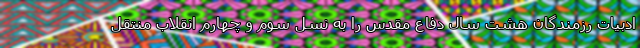
ادبیات رزمندگان هشت سال دفاع مقدس را به نسل سوم و چهارم انقلاب منتقل